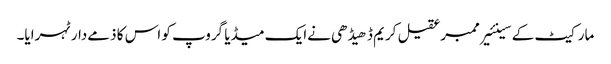
مارکیٹ کے سینئیرممبرعقیل کریم ڈھیڈھی نےایک میڈیا گروپ کو اس کا ذمےدارٹہرایا۔